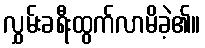
လွှမ်းခရီးထွက်လာမိခဲ့၏။